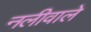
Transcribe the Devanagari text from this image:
नलीवाले